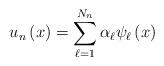
LaTeX: \begin{align*}u_{n}\left( x\right) =\sum_{\ell=1}^{N_{n}}\alpha_{\ell}\psi_{\ell}\left(x\right) \end{align*}